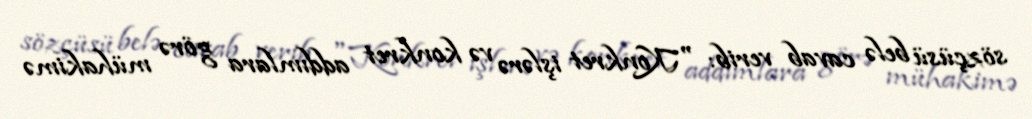
sözçüsü belə cavab verib: "Konkret işlərə və konkret addımlara görə mühakimə